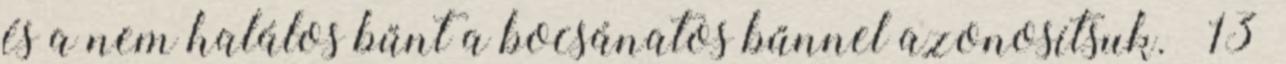
és a nem halálos bűnt a bocsánatos bűnnel azonosítsuk.” 13